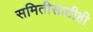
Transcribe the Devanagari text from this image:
समितीसाठीही